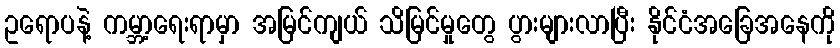
ဥရောပနဲ့ ကမ္ဘာ့ရေးရာမှာ အမြင်ကျယ် သိမြင်မှုတွေ ပွားများလာပြီး နိုင်ငံအခြေအနေကို